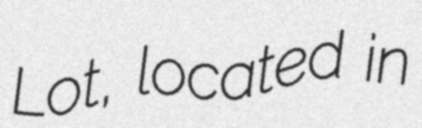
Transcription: Lot, located in